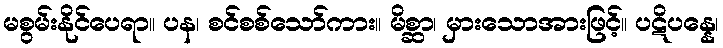
မစွမ်းနိုင်ပေရာ။ ပန၊ စင်စစ်သော်ကား။ မိစ္ဆာ၊ မှားသောအားဖြင့်။ ပဋိပန္နေ၊